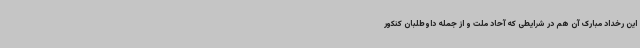
این رخداد مبارک آن هم در شرایطی که آحاد ملت و از جمله داوطلبان کنکور